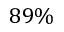
8 9 \%